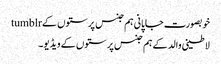
خوبصورت جاپانی ہم جنس پرستوں کے tumblr
لاطینی والد کے ہم جنس پرستوں کے ویڈیو۔